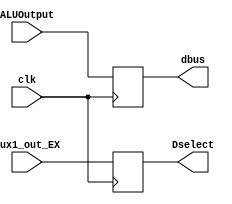
`timescale 1ns / 1ps
//////////////////////////////////////////////////////////////////////////////////
// Sam Bolduc and Aryan Mehrotra
// 
// Module Name: EX/MEM D Flip-Flop
// Project Name: Assignment 5
//////////////////////////////////////////////////////////////////////////////////


module EXMEMDFF(ALUOutput, mux1_out_EX, clk, dbus, Dselect);
    //Declare inputs and outputs
    input[31:0] ALUOutput, mux1_out_EX;
    input clk;
    output reg[31:0] dbus, Dselect;
    //Assign flip-flop values
    always @(posedge clk) begin
        dbus = ALUOutput;
        Dselect = mux1_out_EX;
    end
endmodule